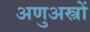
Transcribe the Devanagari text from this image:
अणुअस्त्रों